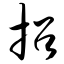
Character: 招